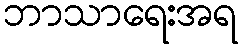
ဘာသာရေးအရ